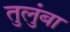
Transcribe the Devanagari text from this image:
तुलुंबा